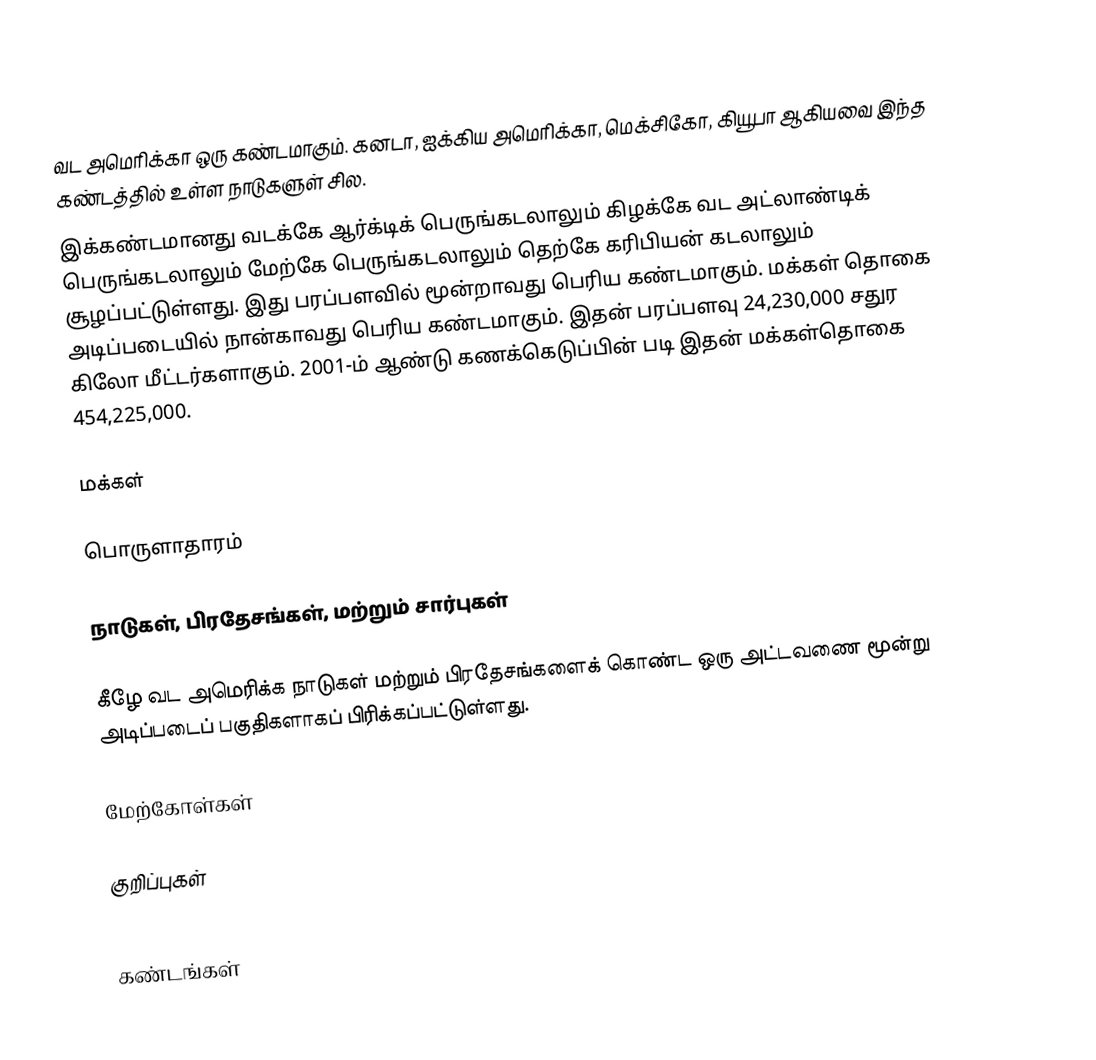
வட அமெரிக்கா ஒரு கண்டமாகும். கனடா, ஐக்கிய அமெரிக்கா, மெக்சிகோ, கியூபா ஆகியவை இந்த கண்டத்தில் உள்ள நாடுகளுள் சில.
இக்கண்டமானது வடக்கே ஆர்க்டிக் பெருங்கடலாலும் கிழக்கே வட அட்லாண்டிக் பெருங்கடலாலும் மேற்கே பெருங்கடலாலும் தெற்கே கரிபியன் கடலாலும் சூழப்பட்டுள்ளது. இது பரப்பளவில் மூன்றாவது பெரிய கண்டமாகும். மக்கள் தொகை அடிப்படையில் நான்காவது பெரிய கண்டமாகும். இதன் பரப்பளவு 24,230,000 சதுர கிலோ மீட்டர்களாகும். 2001-ம் ஆண்டு கணக்கெடுப்பின் படி இதன் மக்கள்தொகை 454,225,000.

மக்கள்

பொருளாதாரம்

நாடுகள், பிரதேசங்கள், மற்றும் சார்புகள்

கீழே வட அமெரிக்க நாடுகள் மற்றும் பிரதேசங்களைக் கொண்ட ஒரு அட்டவணை மூன்று அடிப்படைப் பகுதிகளாகப் பிரிக்கப்பட்டுள்ளது.

மேற்கோள்கள்

குறிப்புகள்

கண்டங்கள்